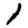
Digit: 1